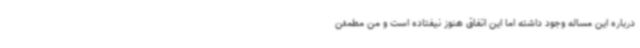
درباره این مساله وجود داشته اما این اتفاق هنوز نیفتاده است و من مطمئن